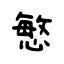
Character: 慜